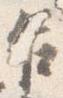
乍